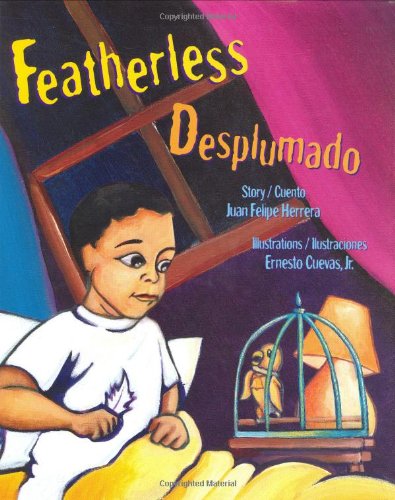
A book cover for Featherless/Desplumado; Juan Felipe Herrera; Health, Fitness & Dieting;